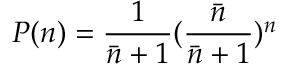
P ( n ) = \frac { 1 } { \bar { n } + 1 } ( \frac { \bar { n } } { \bar { n } + 1 } ) ^ { n }